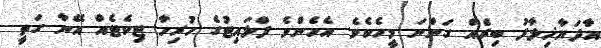
އާދަޔާޚިލާފު ބިރެއް ގަންނަ މީހެކެވެ. އެހެންވެ ފްލައިޓުގެ ހުރިހާ ޓިކެޓެއް އޭނާ ގަތީ